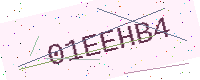
Text: 01EEHB4